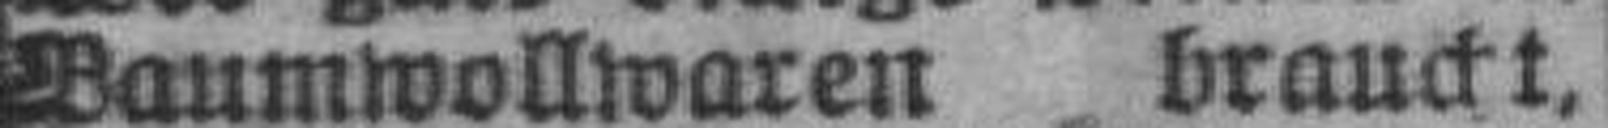
Baumwollwaren braucht,